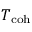
T _ { \mathrm { { c o h } } }